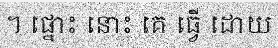
។ ផ្នោះ នោះ គេ ធ្វើ ដោយ